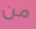
من